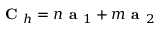
\textbf { C } _ { h } = n \textbf { a } _ { 1 } + m \textbf { a } _ { 2 }